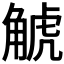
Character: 𧣾